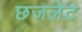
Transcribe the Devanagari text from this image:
छजलेट